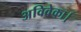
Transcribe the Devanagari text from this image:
अविवेका।